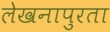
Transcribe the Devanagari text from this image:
लेखनापुरता